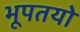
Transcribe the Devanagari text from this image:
भूपतयो